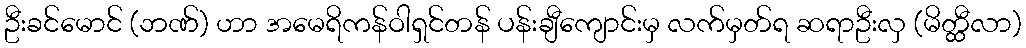
ဦးခင်မောင် (ဘဏ်) ဟာ အမေရိကန်ဝါရှင်တန် ပန်းချီကျောင်းမှ လက်မှတ်ရ ဆရာဦးလှ (မိတ္ထီလာ)